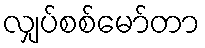
လျှပ်စစ်မော်တာ